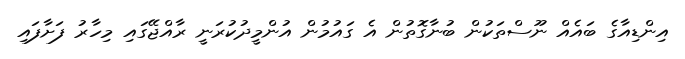
އިންޑިއާގެ ބައެއް ނޫސްތަކުން ބުނާގޮތުން އެ ގައުމުން އުންމީދުކުރަނީ ރާއްޖޭގައި މިހާރު ފަށާފައި